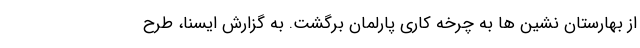
از بهارستان نشین ها به چرخه کاری پارلمان برگشت. به گزارش ایسنا، طرح